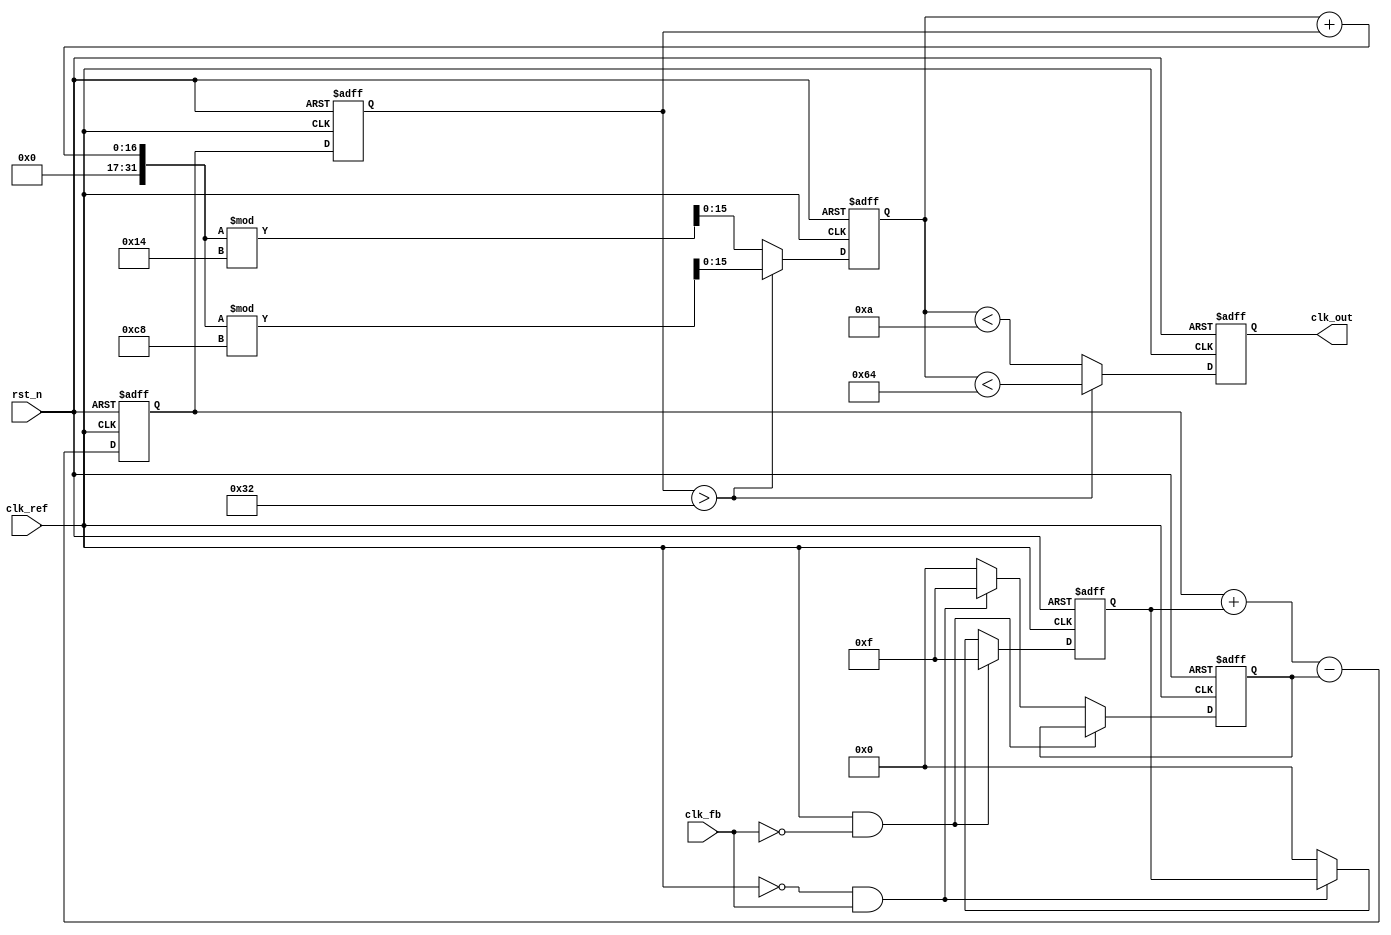
module PLL (
    input wire clk_ref,         // Reference Clock
    input wire clk_fb,          // Feedback Clock
    input wire rst_n,           // Reset (active low)
    output reg clk_out          // Output Clock
);

// Parameters
parameter PFD_WIDTH = 4;     // Width of PFD output pulses
parameter VCO_MAX_FREQ = 100; // Maximum frequency of VCO
parameter VCO_MIN_FREQ = 10;  // Minimum frequency of VCO

// Internal signals
reg [PFD_WIDTH-1:0] up_pulse, down_pulse;
reg [7:0] charge_pump_output; // Charge pump output (voltage control signal)
reg [7:0] loop_filter_output;  // Voltage output from loop filter
reg [7:0] vco_output;          // VCO control voltage
reg [15:0] vco_count;          // VCO frequency counter
reg clk_div;                  // Internal clock divider

// Phase Frequency Detector (PFD)
always @(posedge clk_ref or negedge rst_n) begin
    if (!rst_n) begin
        up_pulse <= 0;
        down_pulse <= 0;
    end else begin
        if (clk_ref && !clk_fb) begin
            up_pulse <= {PFD_WIDTH{1'b1}}; // Generate UP pulse
        end else if (!clk_ref && clk_fb) begin
            down_pulse <= {PFD_WIDTH{1'b1}}; // Generate DOWN pulse
        end else begin
            up_pulse <= 0;
            down_pulse <= 0;
        end
    end
end

// Charge Pump
always @(posedge clk_ref or negedge rst_n) begin
    if (!rst_n) begin
        charge_pump_output <= 0;
    end else begin
        charge_pump_output <= charge_pump_output + up_pulse - down_pulse; // Increment/Decrement based on UP/DOWN signals
    end
end

// Loop Filter (Basic Low-Pass Filter)
always @(posedge clk_ref or negedge rst_n) begin
    if (!rst_n) begin
        loop_filter_output <= 0;
    end else begin
        loop_filter_output <= charge_pump_output; // Simplified loop filter for illustrative purposes
    end
end

// Voltage-Controlled Oscillator (VCO)
always @(posedge clk_ref or negedge rst_n) begin
    if (!rst_n) begin
        vco_count <= 0;
        clk_out <= 0;
    end else begin
        // Adjust VCO frequency based on loop filter output
        if (loop_filter_output > (VCO_MAX_FREQ/2)) begin
            vco_count <= (vco_count + loop_filter_output) % (VCO_MAX_FREQ*2); // Generate output clock
            clk_out <= vco_count < VCO_MAX_FREQ; // Output clock toggling
        end else begin
            vco_count <= (vco_count + loop_filter_output) % (VCO_MIN_FREQ*2);
            clk_out <= vco_count < VCO_MIN_FREQ; // Output clock toggling
        end
    end
end

// Feedback Divider (Assuming it's a simple divide by N)
always @(posedge clk_out) begin
    // Feedback mechanism could be added here for more control
end

endmodule